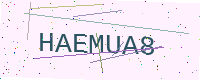
Text: HAEMUA8